Indian journal of veterinary science and animal husbandry - Volumes 26-27, 1956-1957
Year: 1956
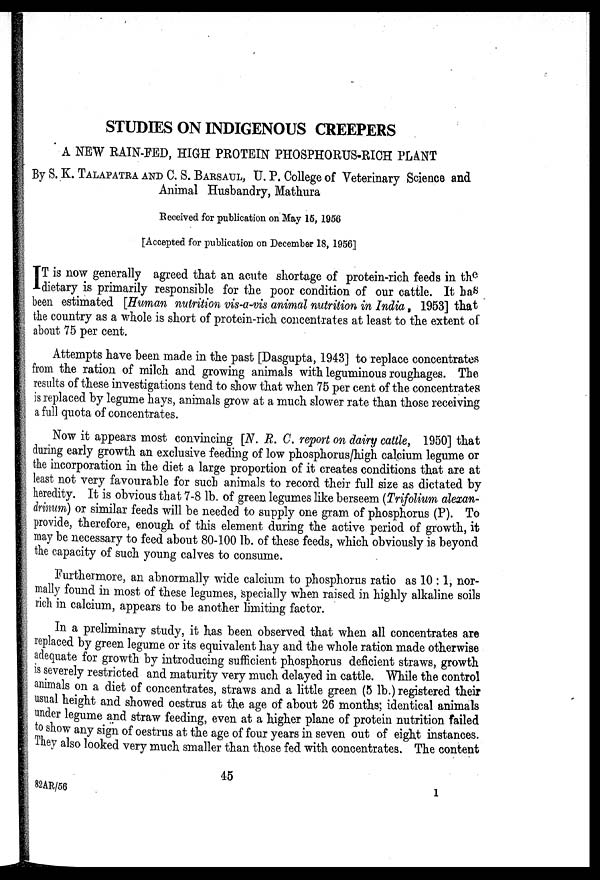
STUDIES ON INDIGENOUS CREEPERS
A NEW RAIN-FED, HIGH PROTEIN PHOSPHORUS-RICH PLANT
By S. K. TALAPATRA AND C. S. BARSAUL, U. P. College of Veterinary Science and
Animal Husbandry, Mathura
Received for publication on May 15, 1956
[Accepted for publication on December 18, 1956]
I T is now generally agreed that an acute shortage of protein-rich feeds in the
dietary is primarily responsible for the poor condition of our cattle. It has
been estimated [Human nutrition vis-a-vis animal nutrition in India, 1953] that
the country as a whole is short of protein-rich concentrates at least to the extent of
about 75 per cent.
Attempts have been made in the past [Dasgupta, 1943] to replace concentrates
from the ration of milch and growing animals with leguminous roughages. The
results of these investigations tend to show that when 75 per cent of the concentrates
is replaced by legume hays, animals grow at a much slower rate than those receiving
a full quota of concentrates.
Now it appears most convincing [N. R. C. report on dairy cattle, 1950] that
during early growth an exclusive feeding of low phosphorus/high calcium legume or
the incorporation in the diet a large proportion of it creates conditions that are at
least not very favourable for such animals to record their full size as dictated by
heredity. It is obvious that 7-8 lb. of green legumes like berseem (Trifolium alexan-
drinum) or similar feeds will be needed to supply one gram of phosphorus (P). To
provide, therefore, enough of this element during the active period of growth, it
may be necessary to feed about 80-100 lb. of these feeds, which obviously is beyond
the capacity of such young calves to consume.
Furthermore, an abnormally wide calcium to phosphorus ratio as 10 :1, nor-
mally found in most of these legumes, specially when raised in highly alkaline soils
rich in calcium, appears to be another limiting factor.
In a preliminary study, it has been observed that when all concentrates are
replaced by green legume or its equivalent hay and the whole ration made otherwise
adequate for growth by introducing sufficient phosphorus deficient straws, growth
is severely restricted and maturity very much delayed in cattle. While the control
animals on a diet of concentrates, straws and a little green (5 lb.) registered their
usual height and showed oestrus at the age of about 26 months; identical animals
under legume and straw feeding, even at a higher plane of protein nutrition failed
to show any sign of oestrus at the age of four years in seven out of eight instances.
They also looked very much smaller than those fed with concentrates. The content
45
82AR/56
1